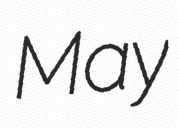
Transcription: May